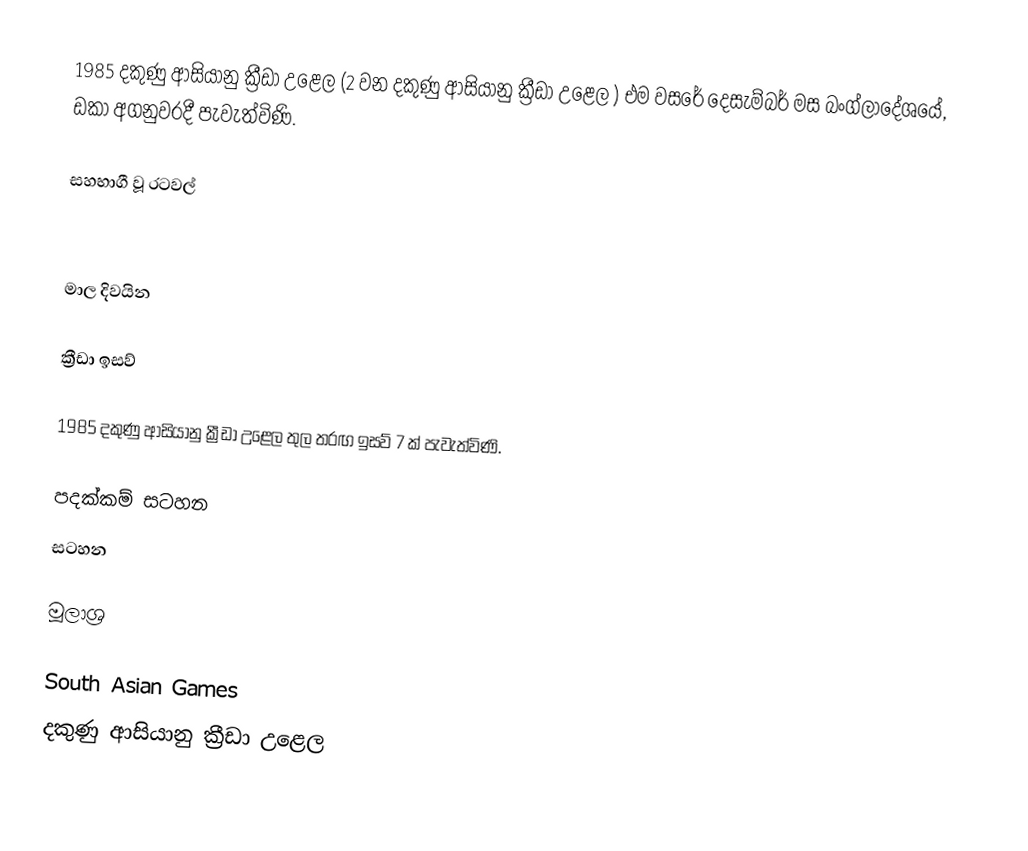
1985 දකුණු ආසියානු ක්‍රීඩා උළෙල (2 වන දකුණු ආසියානු ක්‍රීඩා උළෙල ) එම වසරේ දෙසැම්බර් මස බංග්ලාදේශයේ, ඩකා අගනුවරදී පැවැත්විණි.

සහභාගී වූ රටවල්

 මාල දිවයින

ක්‍රීඩා ඉසව්

1985 දකුණු ආසියානු ක්‍රීඩා උළෙල තුල තරඟ ඉසව් 7 ක් පැවැත්විණි.

පදක්කම් සටහන
සටහන

මූලාශ්‍ර

South Asian Games
දකුණු ආසියානු ක්‍රීඩා උළෙල